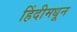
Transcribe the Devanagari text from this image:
हिंदीमधून